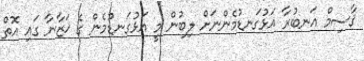
ޤާސިމް އަނބުރާ އަޅުގަނޑުމެންނަށް ލިބުން މީ އަޅުގަނޑުމެން ގެ ޚަޒާނާ ގައި އޮތް